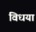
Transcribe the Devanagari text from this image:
विधया